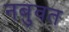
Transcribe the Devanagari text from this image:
नबुवत